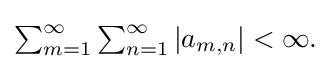
{\textstyle \sum _{m=1}^{\infty }\sum _{n=1}^{\infty }|a_{m,n}|<\infty .}